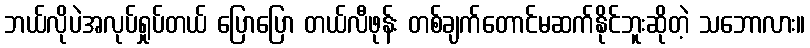
ဘယ်လိုပဲအလုပ်ရှုပ်တယ် ပြောပြော တယ်လီဖုန်း တစ်ချက်တောင်မဆက်နိုင်ဘူးဆိုတဲ့ သဘောလား။